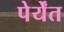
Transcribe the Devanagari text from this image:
पेर्येंत